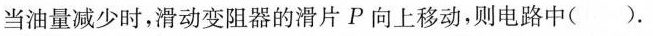
当油量减少时，滑动变阻器的滑片p向上移动，则电路中（ ）.